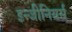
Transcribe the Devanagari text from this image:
इन्जीनियर्स